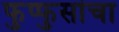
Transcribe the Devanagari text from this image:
फुप्फुसांचा